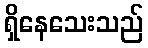
ရှိနေသေးသည်